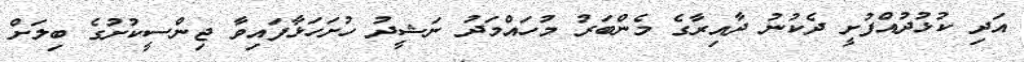
އަދި ކުޅުދުއްފުށީ ދެކުނު ދާއިރާގެ މެންބަރު މުހައްމަދު ނަޝީދު ހުށަހަޅާފައިވާ ޖިންސީކުށުގެ ބިލަށް